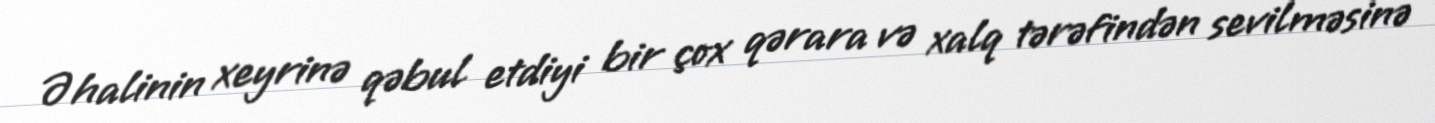
Əhalinin xeyrinə qəbul etdiyi bir çox qərara və xalq tərəfindən sevilməsinə